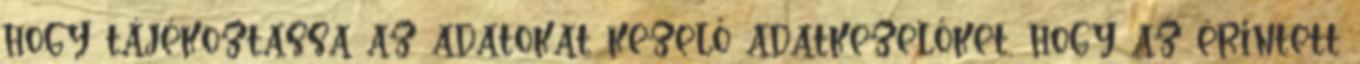
hogy tájékoztassa az adatokat kezelő adatkezelőket, hogy az érintett